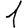
Digit: 1